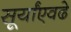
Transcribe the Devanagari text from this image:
सूर्यांएवढे